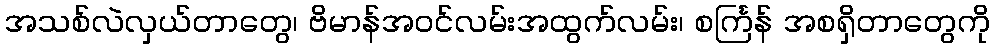
အသစ်လဲလှယ်တာတွေ၊ ဗိမာန်အဝင်လမ်းအထွက်လမ်း၊ စင်္ကြန် အစရှိတာတွေကို